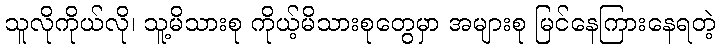
သူလိုကိုယ်လို၊ သူ့မိသားစု ကိုယ့်မိသားစုတွေမှာ အများစု မြင်နေကြားနေရတဲ့